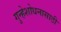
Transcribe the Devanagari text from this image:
गुन्हेशोधनासाठी